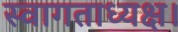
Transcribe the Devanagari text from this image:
स्वागताध्यक्ष।